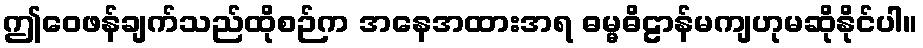
ဤဝေဖန်ချက်သည်ထိုစဉ်က အနေအထားအရ ဓမ္မဓိဠာန်မကျဟုမဆိုနိုင်ပါ။